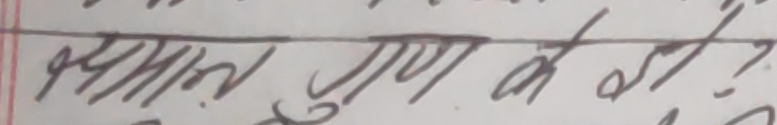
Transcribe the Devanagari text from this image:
प्रदान गुण के?